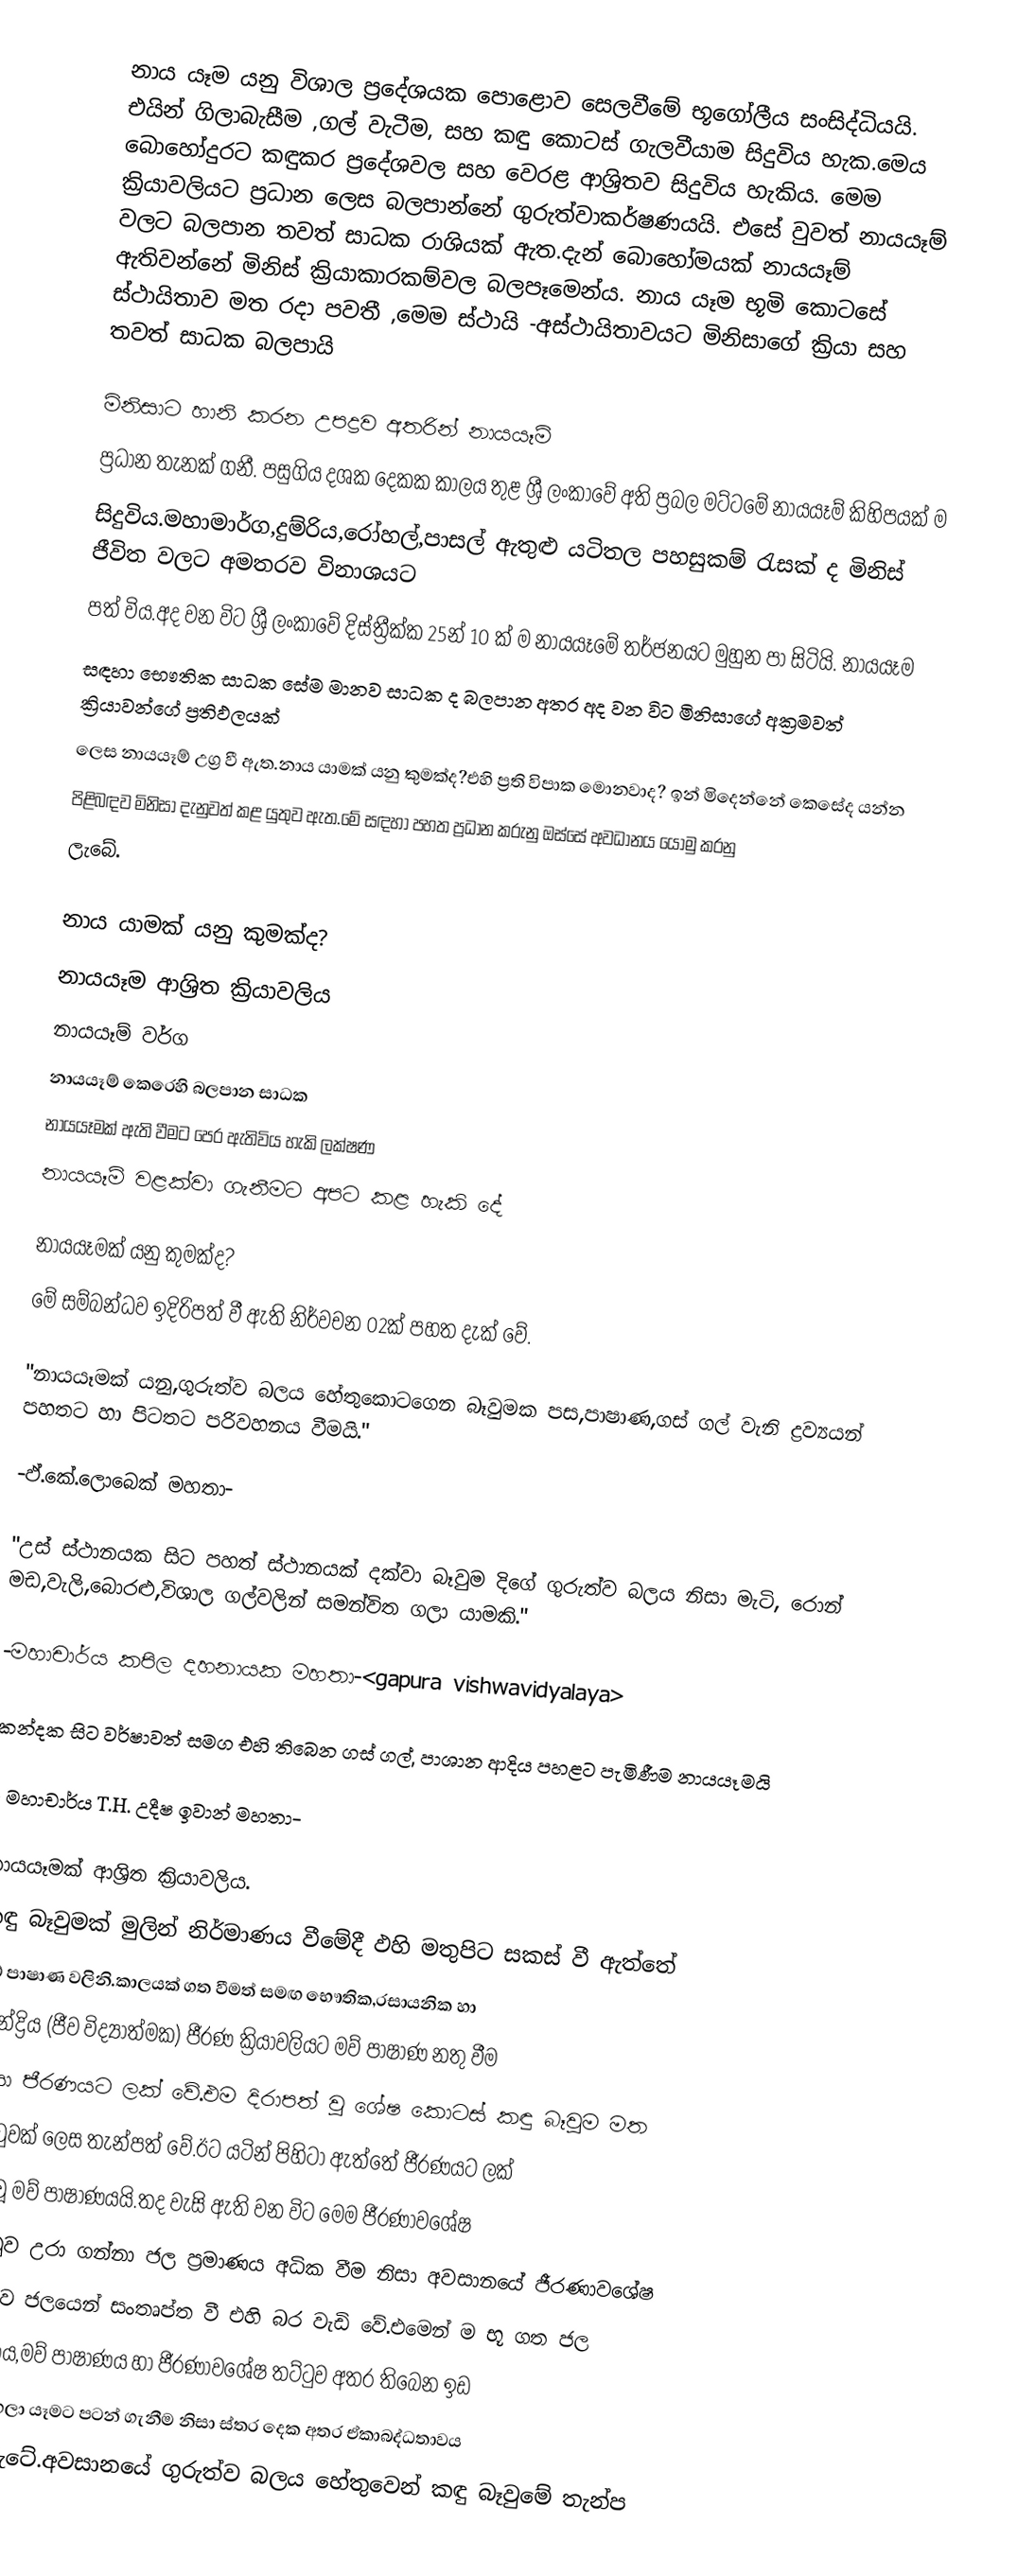
නාය යෑම යනු විශාල ප්‍රදේශයක පොළොව සෙලවීමේ භූගෝලීය සංසිද්ධියයි. එයින් ගිලාබැසීම ,ගල් වැටීම, සහ කඳු කොටස් ගැලවීයාම සිදුවිය හැක.මෙය බොහෝදුරට කඳුකර ප්‍රදේශවල සහ වෙරළ ආශ්‍රිතව සිදුවිය හැකිය. මෙම ක්‍රියාවලියට ප්‍රධාන ලෙස බලපාන්නේ ගුරුත්වාකර්ෂණයයි. එසේ වුවත් නායයෑම් වලට බලපාන තවත් සාධක රාශියක් ඇත.දැන් බොහෝමයක් නායයෑම් ඇතිවන්නේ මිනිස් ක්‍රියාකාරකම්වල බලපෑමෙන්ය. නාය යෑම භූමි කොටසේ ස්ථායිතාව මත රදා පවතී ,මෙම ස්ථායි -අස්ථායිතාවයට මිනිසාගේ ක්‍රියා සහ තවත් සාධක බලපායි

මිනිසාට හානි කරන උපද්‍රව අතරින් නායයෑම්
ප්‍රධාන තැනක් ගනී. පසුගිය දශක දෙකක කාලය තුළ ශ්‍රී ලංකා‍වේ අති ප්‍රබල මට්ටමේ නායයෑම් කිහිපයක් ම
සිදුවිය.මහාමාර්ග,දුම්රිය,රෝහල්,පාසල් ඇතුළු යටිතල පහසුකම් රැසක් ද මිනිස් ජීවිත වලට අමතරව විනාශයට
පත් විය.අද වන විට ශ්‍රී ලංකාවේ දිස්ත්‍රීක්ක 25න් 10 ක් ම නායයෑමේ තර්ජනයට මුහුන පා සිටියි. නායයෑම
සඳහා භෞතික සාධක ‍සේම මානව සාධක ද බලපාන අතර අද වන විට මිනිසාගේ අක්‍රමවත් ක්‍රියාවන්ගේ ප්‍රතිඵලයක්
ලෙස නායයෑම් උග්‍ර  වී ඇත.නාය යාමක් යනු කුමක්ද?එහි ප්‍රති විපාක මොනවාද? ඉන් මිදෙන්නේ කෙසේද යන්න
පිළිබඳව මිනිසා දැනුවත් කළ යුතුව ඇත.මේ සඳහා පහත ප්‍රධාන කරුනු ඔස්සේ අවධානය යොමු කරනු
ලැබේ.

නාය යාමක් යනු කුමක්ද?
නායයෑම ආශ්‍රිත ක්‍රියාවලිය
නායයෑම් වර්ග
නායයෑම් කෙරෙහි බලපාන සාධක
නායයෑමක් ඇති වීමට පෙර ඇතිවිය හැකි ලක්ෂණ
නායයෑම් වළක්වා ගැනීමට අපට කළ හැකි දේ

නායයෑමක් යනු කුමක්ද?
	මේ සම්බන්ධව ඉදිරිපත් වී ඇති නිර්වචන 02ක් පහත දැක් වේ.

"නායයෑමක් යනු,ගුරුත්ව බලය හේතුකොටගෙන බෑවුමක පස,පාෂාණ,ගස් ගල් වැනි ද්‍රව්‍යයන් පහතට හා පිටතට පරිවහනය වීමයි."

-ඵ්.කේ.ලොබෙක් මහතා-

"උස් ස්ථානයක සිට පහත් ස්ථානයක් දක්වා බෑවුම දිගේ ගුරුත්ව බලය නිසා මැටි, රොන් මඩ,වැලි,බොරළු,විශාල ගල්වලින් සමන්විත ගලා යාමකි."

-මහාචාර්ය කපිල දහනායක මහතා-<gapura vishwavidyalaya>

කන්දක සිට වර්ෂාවත් සමග එහි තිබෙන ගස් ගල්, පාශාන ආදිය පහළට පැමිණීම නායයෑමයි

- මහාචාර්ය T.H. උදීෂ ඉවාන් මහතා-

නායයෑමක් ආශ්‍රිත ක්‍රියාවලිය.
කඳු බෑවුමක් මුලින් නිර්මාණය වී‍‍මේදී ඵහි මතුපිට සකස් වී ඇත්තේ
මව් පාෂාණ වලිනි.කාලයක් ගත වීමත් සමඟ භෞතික,රසායනික හා
ඓන්ද්‍රිය (ජීව විද්‍යාත්මක) ජීරණ ක්‍රියාවලියට මව් පාෂාණ නතු වීම
නිසා ජීරණයට ලක් වේ.එම දිරාපත් වූ ශේෂ කොටස් කඳු බෑවුම මත
තට්ටුවක් ලෙස තැන්පත් වේ.ඊට යටින් පිහිටා ඇත්තේ ජීරණයට ලක්
නොවූ මව් පාෂාණයයි.තද වැසි ඇති වන විට මෙම ජීරණාවශේෂ
තට්ටුව උරා ගන්නා ජල ප්‍රමාණය අධික වීම නිසා අවසානයේ ජීරණාවශේෂ
තට්ටුව ජලයෙන් සංතෘප්ත වී එහි බර වැඩි වේ.එමෙන් ම භූ ගත ජල
ප්‍රමාණය,මව් පාෂාණය හා ජීරණාවශේෂ තට්ටුව අතර තිබෙන ඉඩ
තුලින් ගලා යෑමට පටන් ගැනීම නිසා ස්තර දෙක අතර ඒකාබද්ධතාවය
බිඳ වැටේ.අවසානයේ ගුරුත්ව බලය හේතුවෙන් කඳු බෑවුමේ තැන්ප